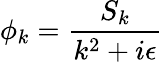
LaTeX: \phi_{k}={\frac{S_{k}}{k^{2}+i\epsilon}}